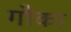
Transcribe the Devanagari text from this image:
गौका